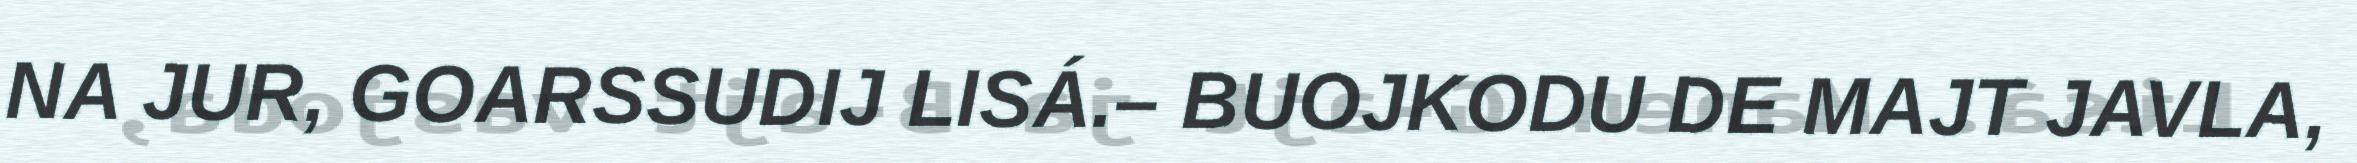
NA JUR, GOARSSUDIJ LISÁ.– BUOJKODU DE MAJT JAVLA,